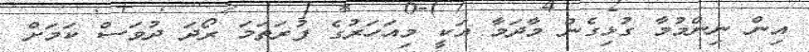
އިން ނިންމުމާ ގުޅިގެން މާދަމާ އަކީ މިއަހަރުގެ ފުރަތަމަ ރޯދަ ދުވަސް ކަމަށް